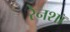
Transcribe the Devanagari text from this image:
रेनशॉ